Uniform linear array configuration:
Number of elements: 16
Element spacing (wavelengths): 1
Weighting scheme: blackman
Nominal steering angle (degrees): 0
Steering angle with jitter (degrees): -0.8641
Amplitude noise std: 0.05
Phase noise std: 0.05

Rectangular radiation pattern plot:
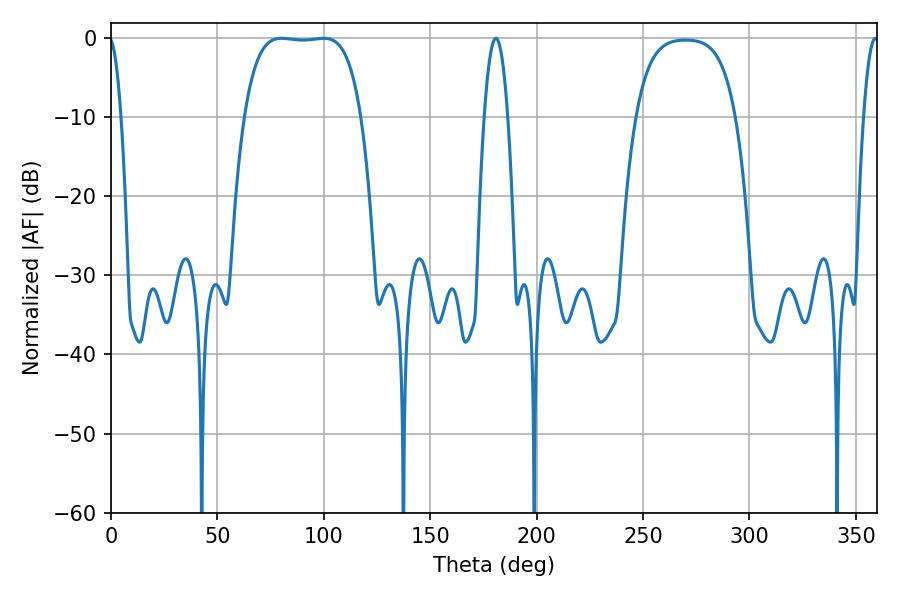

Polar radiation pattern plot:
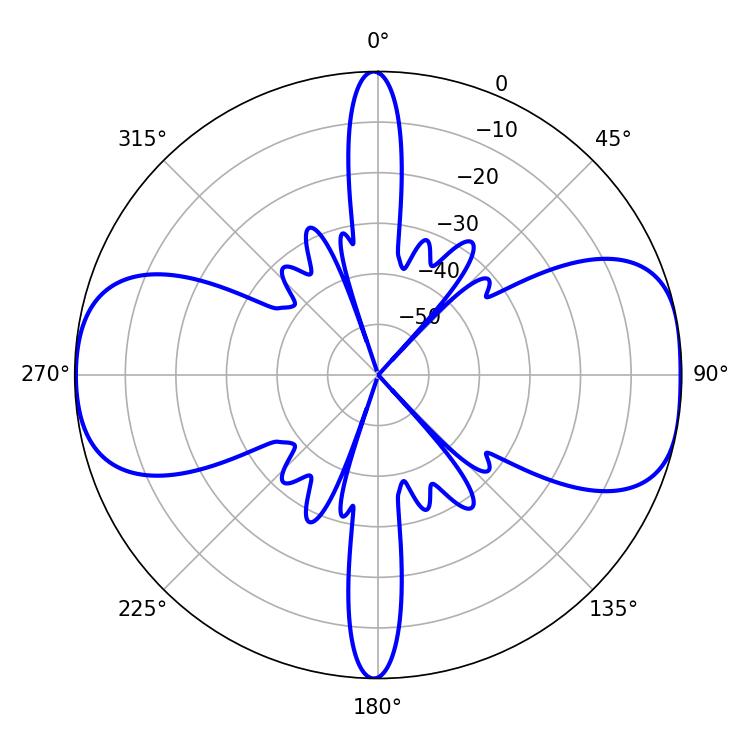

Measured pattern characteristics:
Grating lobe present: TRUE
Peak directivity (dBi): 10.281
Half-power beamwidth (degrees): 42.84
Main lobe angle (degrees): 99.9